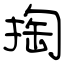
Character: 掏